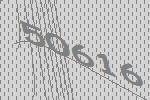
50616